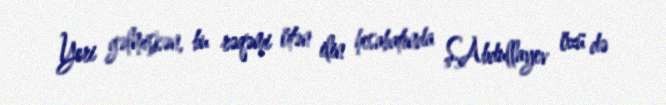
Yeri gəlmişkən, bu rəqəmi ötən ilin hesabatında Ş.Abdullayev özü də